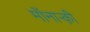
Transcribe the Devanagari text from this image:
मॉंनाऱ्क़़ी